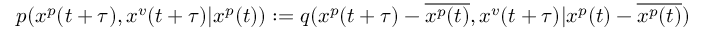
\begin{array} { r } { p ( x ^ { p } ( t + \tau ) , x ^ { v } ( t + \tau ) | x ^ { p } ( t ) ) : = q ( x ^ { p } ( t + \tau ) - \overline { { x ^ { p } ( t ) } } , x ^ { v } ( t + \tau ) | x ^ { p } ( t ) - \overline { { x ^ { p } ( t ) } } ) } \end{array}